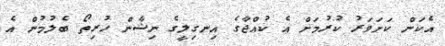
އެކަން ކަށަވަރު ކުރުމަށް އެ ކުއްޖާގެ އިނގިލީގެ ނިޝާން ހުރިތޯ ބެލުމުން އެ